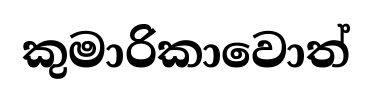
කුමාරිකාවොත්